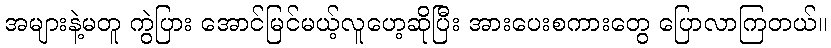
အများနဲ့မတူ ကွဲပြား အောင်မြင်မယ့်လူဟေ့ဆိုပြီး အားပေးစကားတွေ ပြောလာကြတယ်။